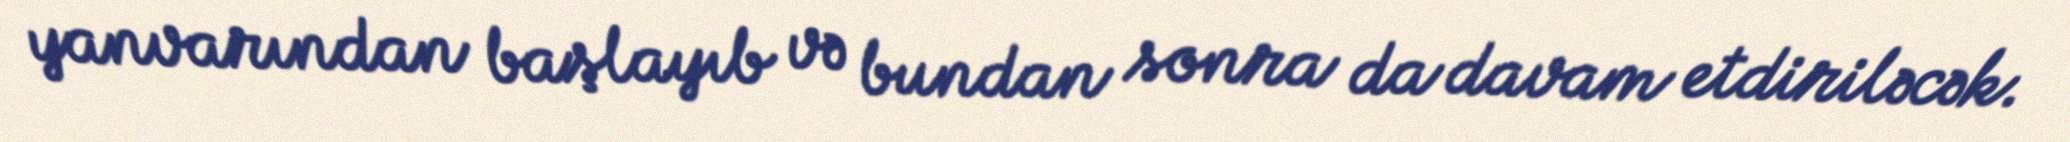
yanvarından başlayıb və bundan sonra da davam etdiriləcək.